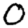
Digit: 0